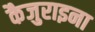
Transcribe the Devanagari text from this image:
कैजुराइना